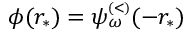
\phi ( r _ { * } ) = \psi _ { \omega } ^ { \scriptscriptstyle ( < ) } ( - r _ { * } )